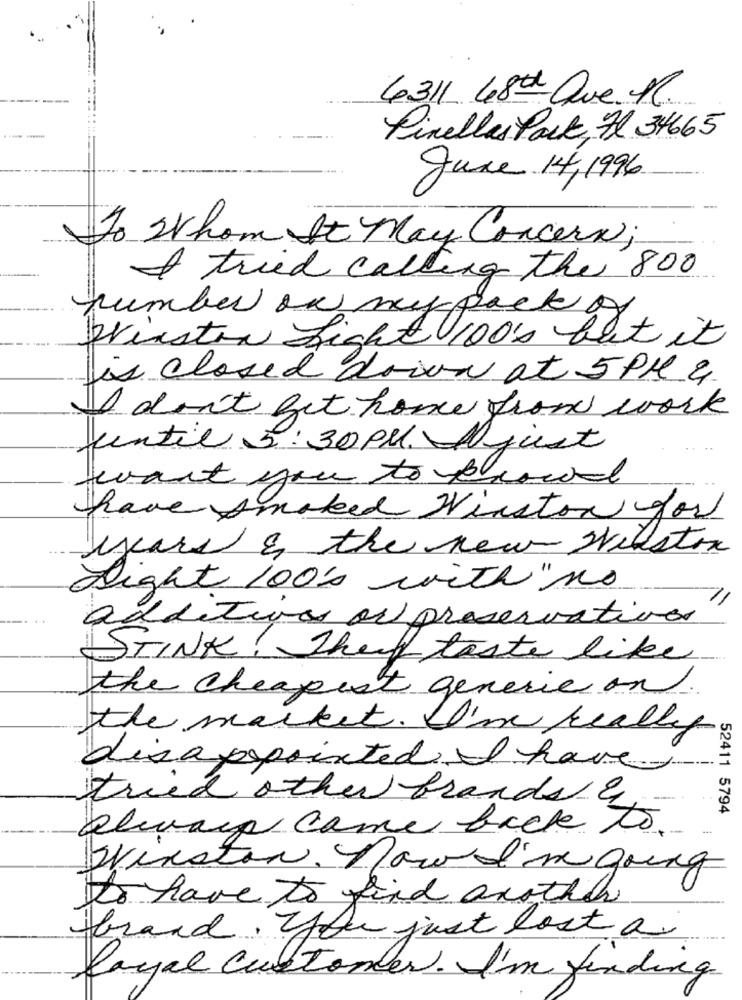
6311 48th Que. M.
Pinellas Pack, Al 34665
June 14,1996
To whom It May Concern;
I tried calling the 800
humber on mypack
winston fight 100's but it
is closed down at 5 PM &
Is don't get home from work
until 5: 30 PM. Ajust
want you to prowd
have smoked Winston for
years & the new Winston
Sight 100's with " no
additives or preservatives
STINK! They taste like
the cheapest generic on.
the market. I'm really
disappointed I have
tried other brands &
52411 5794
Pliage came back to
Winston. now d'regung
Do have to find another
brand. you just lost a
layal customer. I'm finding